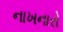
નાખનારો